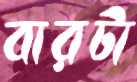
বারটা